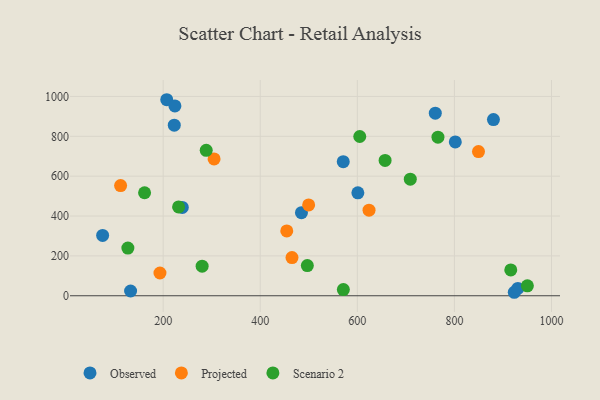
{"axis": {"x": "Study Hours", "y": "Sales"}, "legend": ["Observed", "Projected", "Scenario 2"], "data": [{"x": "571.0", "y": 672.6, "type": "Observed"}, {"x": "207.4", "y": 983.5, "type": "Observed"}, {"x": "132.9", "y": 23.9, "type": "Observed"}, {"x": "222.9", "y": 855.6, "type": "Observed"}, {"x": "484.9", "y": 416.9, "type": "Observed"}, {"x": "801.8", "y": 771.7, "type": "Observed"}, {"x": "880.4", "y": 884.1, "type": "Observed"}, {"x": "923.3", "y": 17.5, "type": "Observed"}, {"x": "601.1", "y": 516.4, "type": "Observed"}, {"x": "760.6", "y": 915.9, "type": "Observed"}, {"x": "930.7", "y": 36.6, "type": "Observed"}, {"x": "75.3", "y": 302.6, "type": "Observed"}, {"x": "224.2", "y": 952.4, "type": "Observed"}, {"x": "239.4", "y": 443.2, "type": "Observed"}, {"x": "499.7", "y": 455.9, "type": "Projected"}, {"x": "465.4", "y": 191.4, "type": "Projected"}, {"x": "849.6", "y": 723.2, "type": "Projected"}, {"x": "193.4", "y": 114.1, "type": "Projected"}, {"x": "304.9", "y": 686.5, "type": "Projected"}, {"x": "112.3", "y": 553.0, "type": "Projected"}, {"x": "454.6", "y": 325.4, "type": "Projected"}, {"x": "624.1", "y": 429.3, "type": "Projected"}, {"x": "127.3", "y": 239.3, "type": "Scenario 2"}, {"x": "161.7", "y": 516.8, "type": "Scenario 2"}, {"x": "916.1", "y": 129.6, "type": "Scenario 2"}, {"x": "231.8", "y": 445.7, "type": "Scenario 2"}, {"x": "288.7", "y": 729.5, "type": "Scenario 2"}, {"x": "709.1", "y": 584.9, "type": "Scenario 2"}, {"x": "950.3", "y": 50.1, "type": "Scenario 2"}, {"x": "766.1", "y": 795.8, "type": "Scenario 2"}, {"x": "280.3", "y": 148.2, "type": "Scenario 2"}, {"x": "571.2", "y": 31.1, "type": "Scenario 2"}, {"x": "497.0", "y": 151.5, "type": "Scenario 2"}, {"x": "657.2", "y": 678.8, "type": "Scenario 2"}, {"x": "605.0", "y": 799.0, "type": "Scenario 2"}]}